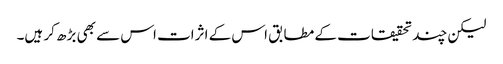
لیکن چند تحقیقات کے مطابق اس کے اثرات اس سے بھی بڑھ کر ہیں۔